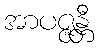
အာပဇ္ဇန္တီ